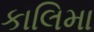
કાલિમા